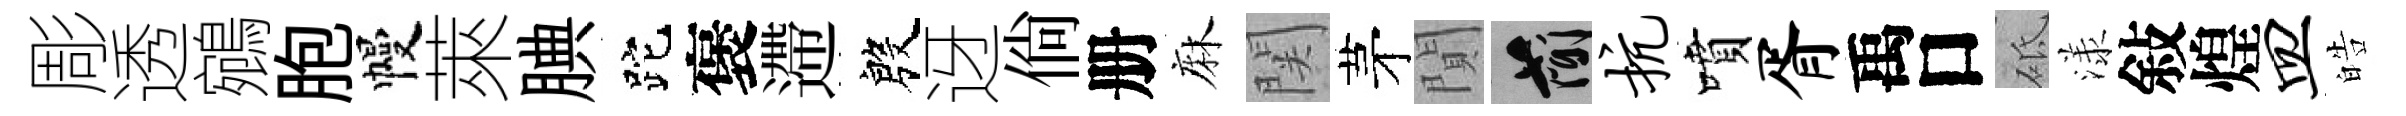
彫透鵷胞幔萊腆跎褒遰殷迓倘册麻関茅閴簡抗噴胥禹口砥漾敍煌皿皓